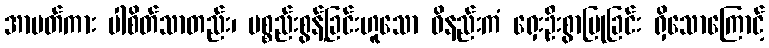
အာပတ်ကား ပါစိတ်သာတည်း၊ ပစ္စည်းစွန့်ခြင်းဟူသော ဝိနည်းကံ ရှေးဦးစွာပြုခြင်း ရှိသောကြောင့်